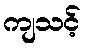
ကျသင့်